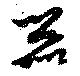
器